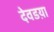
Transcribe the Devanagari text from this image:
देवडय़ा